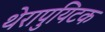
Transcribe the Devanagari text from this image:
थेरापुयिटक